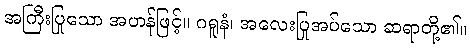
အကြီးပြုသော အဟန်ဖြင့်။ ဂရူနံ၊ အလေးပြုအပ်သော ဆရာတို့၏။